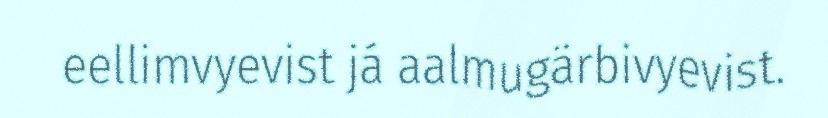
eellimvyevist já aalmugärbivyevist.